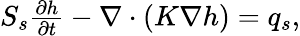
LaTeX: \begin{array}{r}{{S_{s}\frac{\partial h}{\partial t}-\nabla\cdot(K\nabla h)=q_{s}},}\end{array}